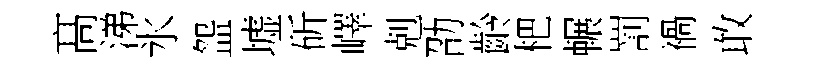
髙涕氷盌墟斫嶧剋劭齡杷輾罰禍敢